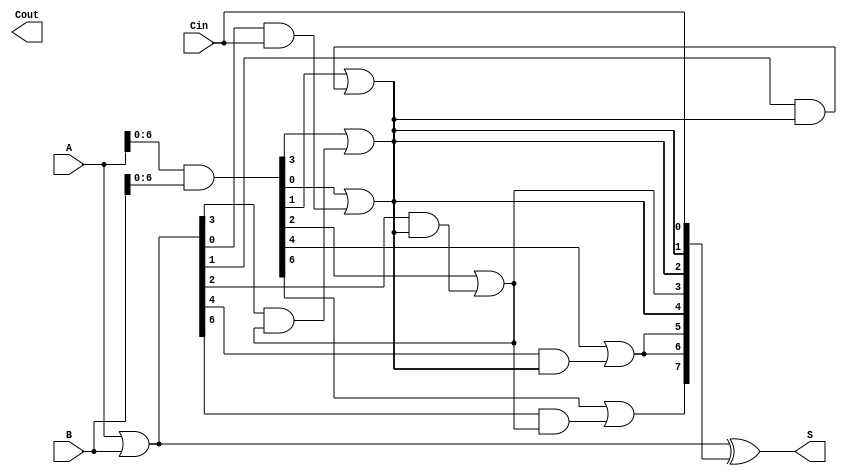
module BrentKungAdder #(parameter n = 8) (
    input  [n-1:0] A,
    input  [n-1:0] B,
    input          Cin,
    output [n-1:0] S,
    output         Cout
);

    // Generate and Propagate signals
    wire [n-1:0] G; // Generate signals
    wire [n-1:0] P; // Propagate signals
    wire [n:0] C;   // Carry signals

    // Generate and Propagate calculations
    assign G = A & B;         // Generate
    assign P = A | B;         // Propagate
    assign C[0] = Cin;        // Initial carry-in

    // Carry computation using Brent-Kung structure
    genvar i, l;
    generate
        // Level 1
        for (i = 0; i < n/2; i = i + 1) begin : level1
            assign C[i + 1] = G[i] | (P[i] & C[i]);
        end
        // Level 2
        for (l = 1; l < n; l = l * 2) begin : level2
            for (i = 0; i < n/(2*l); i = i + 1) begin : level2_inner
                assign C[i * 2 * l + l] = G[i * 2 * l] | (P[i * 2 * l] & C[i * l]);
            end
        end
    endgenerate

    // Sum calculation
    assign S = P ^ C[n-1:0]; // Sum bits
    assign Cout = C[n];      // Final carry-out

endmodule